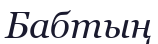
Бабтың